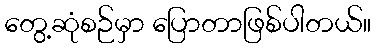
တွေ့ဆုံစဉ်မှာ ပြောတာဖြစ်ပါတယ်။